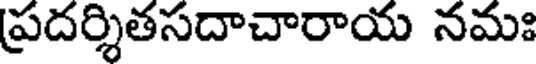
ప్రదర్శితసదాచారాయ నమః